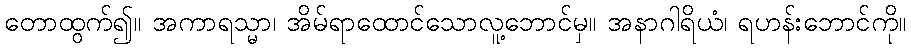
တောထွက်၍။ အကာရသ္မာ၊ အိမ်ရာထောင်သောလူ့ဘောင်မှ။ အနာဂါရိယံ၊ ရဟန်းဘောင်ကို။